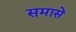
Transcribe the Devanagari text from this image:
समासे